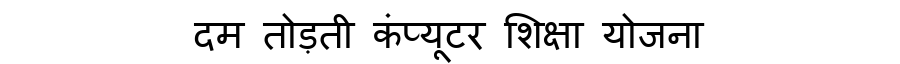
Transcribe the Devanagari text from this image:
दम तोड़ती कंप्यूटर शिक्षा योजना